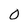
Character: 0